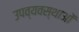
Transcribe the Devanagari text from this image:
उपव्यवस्थाओं